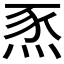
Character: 𤉄